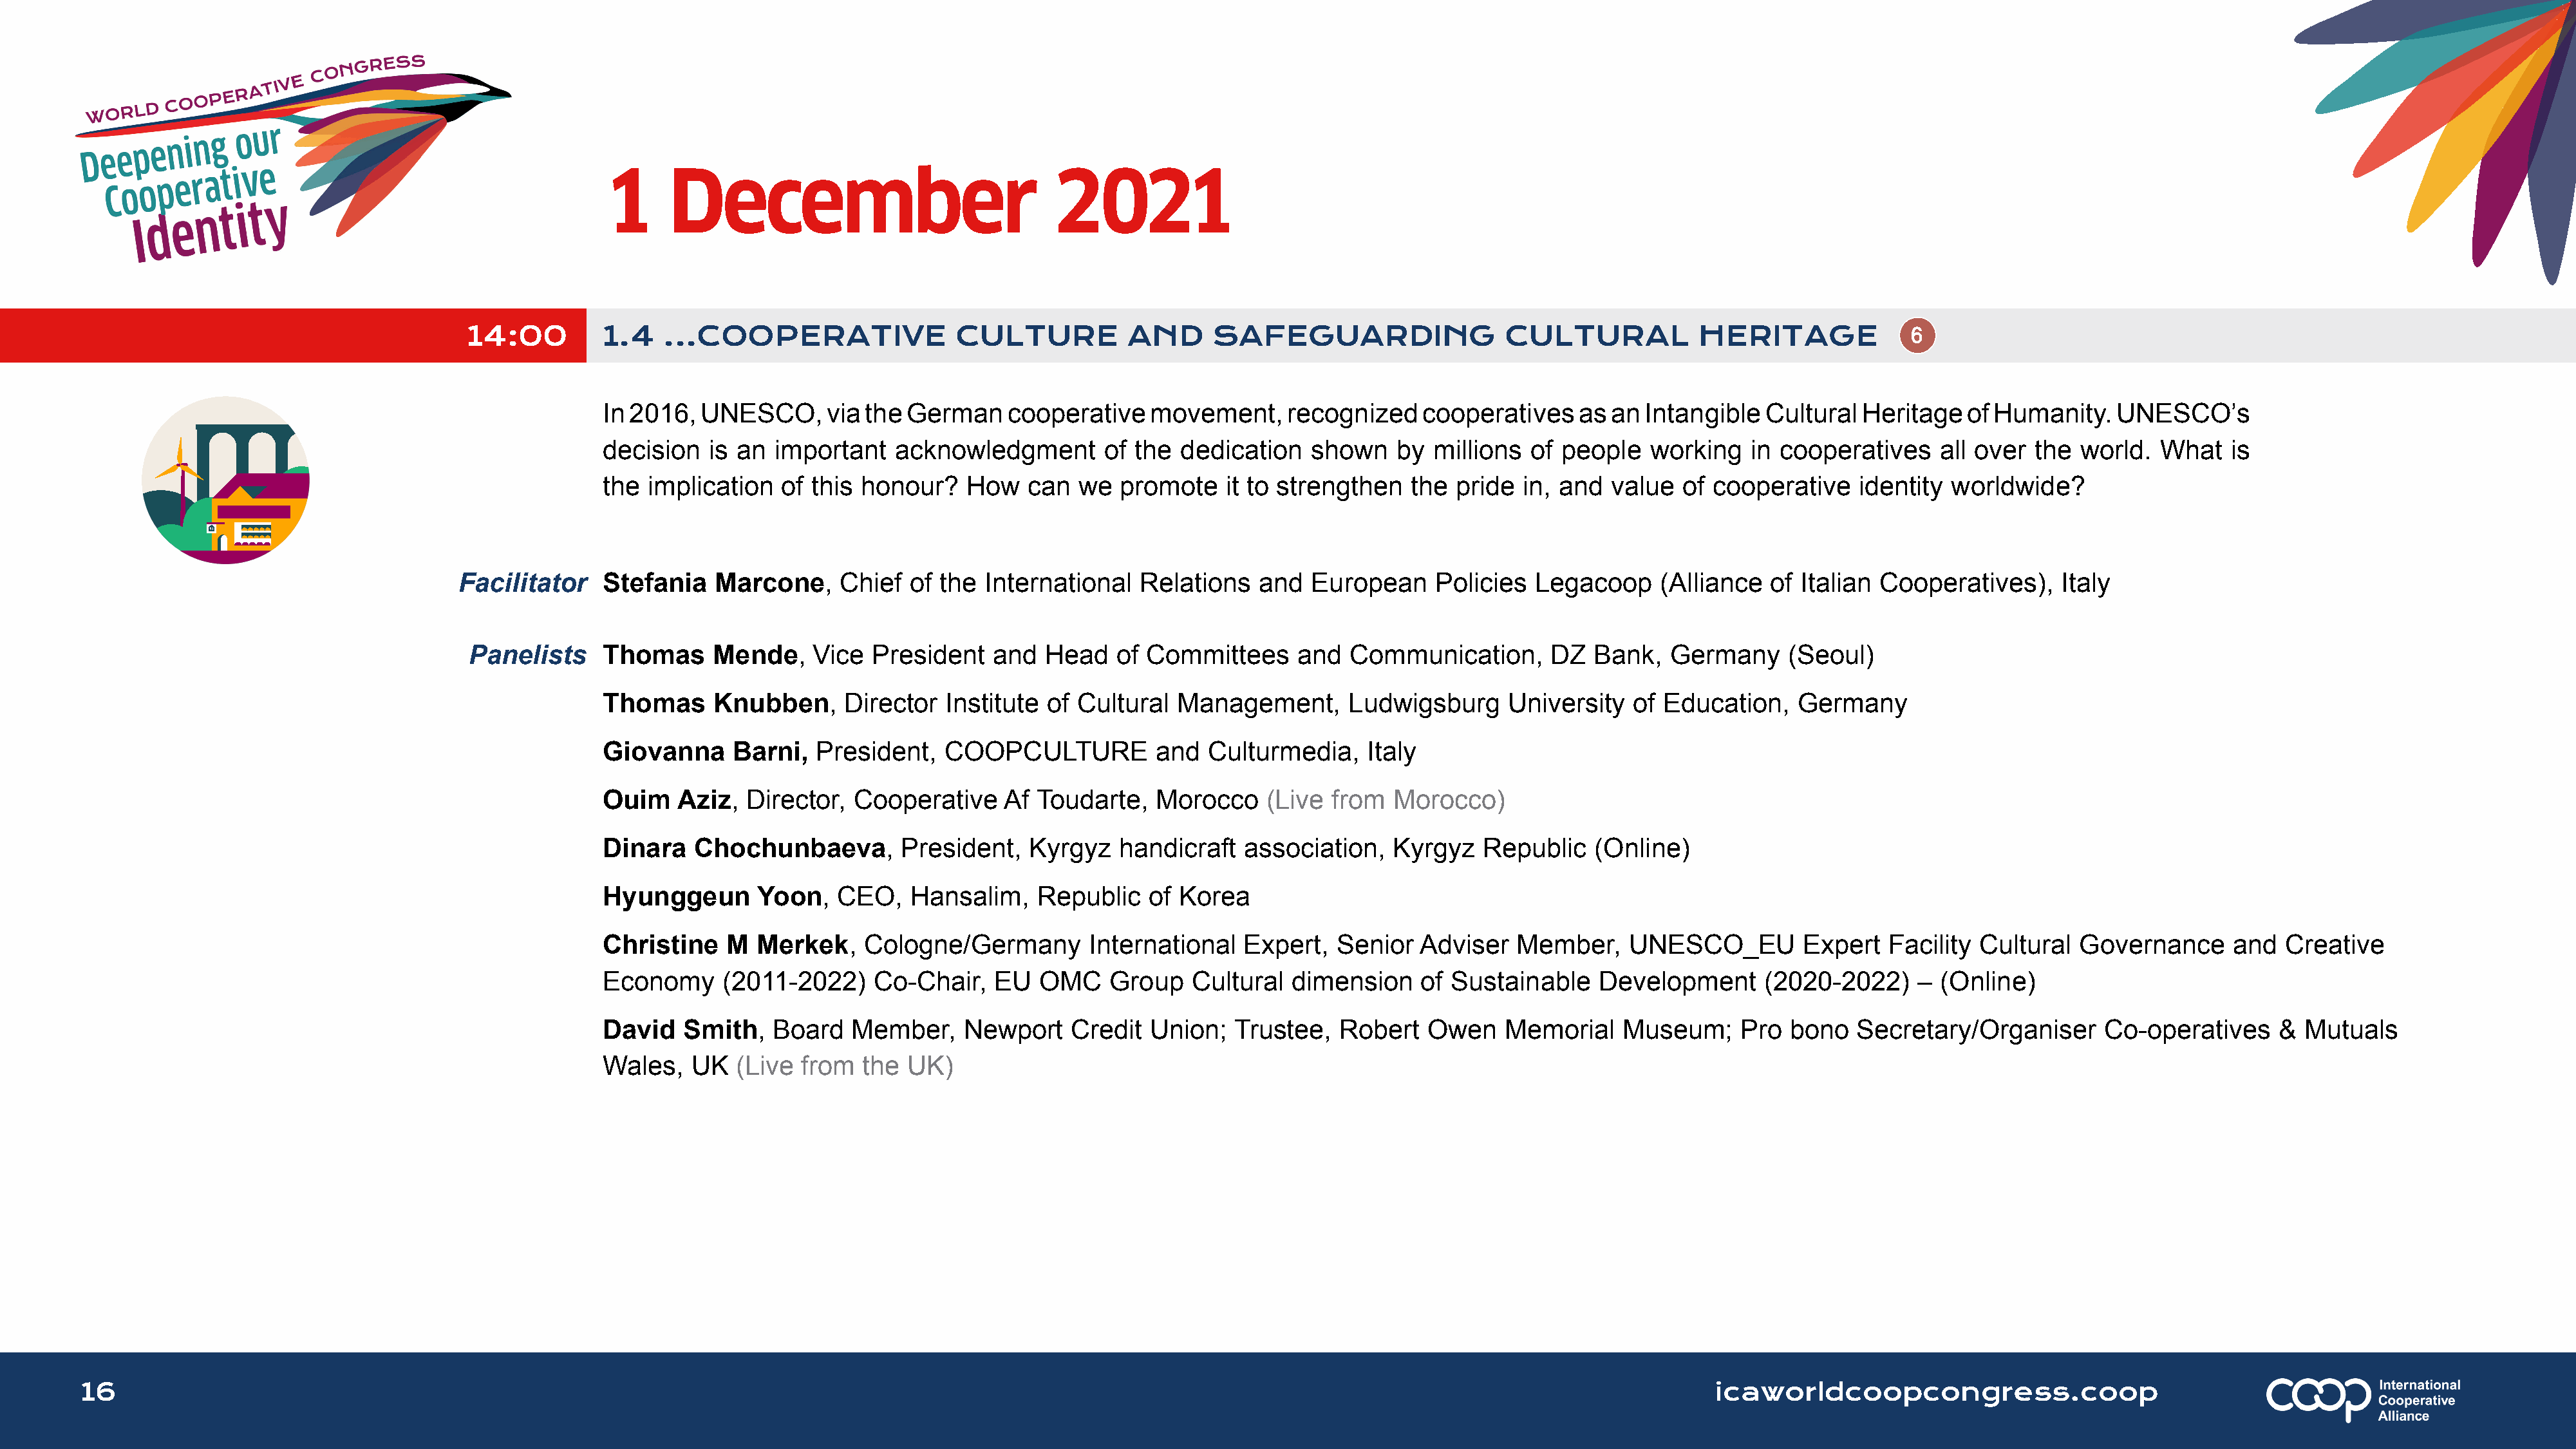
1      December                               2021
 14:00         1.4   ...COOPERATIVE                CULTURE           AND      SAFEGUARDING                  CULTURAL            HERITAGE
 In 2016,  UNESCO,      via the German     cooperative   movement,     recognized    cooperatives    as  an Intangible  Cultural  Heritage   of Humanity.    UNESCO’s
 decision   is an  important   acknowledgment        of the dedication    shown    by millions  of people    working   in cooperatives    all over  the  world.  What   is
 the  implication  of this  honour?   How    can  we  promote    it to strengthen   the  pride  in, and  value  of cooperative    identity  worldwide?
 Facilitator    Stefania   Marcone,     Chief   of the International   Relations   and   European     Policies  Legacoop     (Alliance  of Italian Cooperatives),     Italy
 Panelists     Thomas     Mende,     Vice  President   and  Head    of Committees     and   Communication,      DZ   Bank,   Germany     (Seoul)
 Thomas     Knubben,      Director  Institute  of Cultural  Management,       Ludwigsburg     University   of Education,    Germany
 Giovanna     Barni,   President,   COOPCULTURE           and  Culturmedia,     Italy
 Ouim    Aziz,  Director,  Cooperative    Af  Toudarte,   Morocco    (Live  from  Morocco)
 Dinara   Chochunbaeva,         President,   Kyrgyz   handicraft   association,   Kyrgyz   Republic    (Online)
 Hyunggeun       Yoon,   CEO,    Hansalim,    Republic   of Korea
 Christine    M  Merkek,    Cologne/Germany        International   Expert,  Senior   Adviser   Member,    UNESCO_EU         Expert   Facility Cultural   Governance      and  Creative
 Economy     (2011-2022)     Co-Chair,   EU   OMC    Group   Cultural   dimension    of Sustainable    Development      (2020-2022)     – (Online)
 David   Smith,   Board    Member,    Newport    Credit  Union;   Trustee,   Robert   Owen    Memorial    Museum;     Pro  bono   Secretary/Organiser      Co-operatives     &  Mutuals
 Wales,   UK   (Live from   the UK)
 16                                                                                                                                                                      icaworldcoopcongress.coop